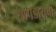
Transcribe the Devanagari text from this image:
सापडायचा